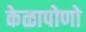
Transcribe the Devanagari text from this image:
केळापोणो